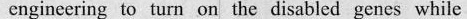
enginccring to turn on the disabled genes while